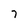
Character: 7